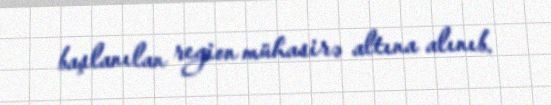
başlanılan region mühasirə altına alınıb.